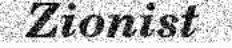
Zionist